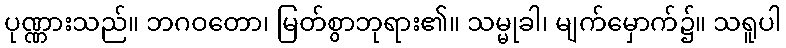
ပုဏ္ဏားသည်။ ဘဂဝတော၊ မြတ်စွာဘုရား၏။ သမ္မုခါ၊ မျက်မှောက်၌။ သရူပါ